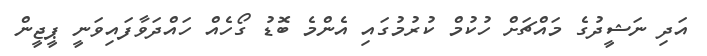
އަދި ނަޝީދުގެ މައްޗަށް ހުކުމް ކުރުމުގައި އެންމެ ބޮޑު ގޯހެއް ހައްދަވާފައިވަނީ ޕީޖީން